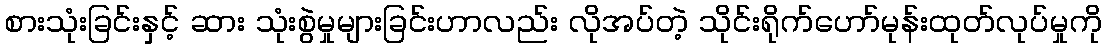
စားသုံးခြင်းနှင့် ဆား သုံးစွဲမှုများခြင်းဟာလည်း လိုအပ်တဲ့ သိုင်းရိုက်ဟော်မုန်းထုတ်လုပ်မှုကို